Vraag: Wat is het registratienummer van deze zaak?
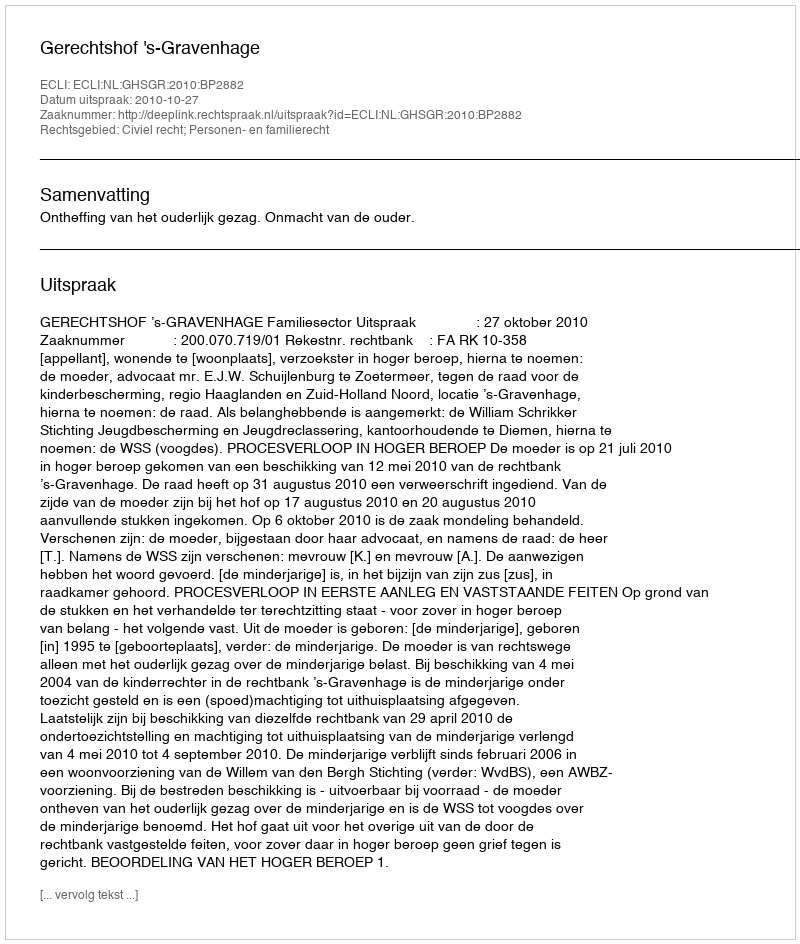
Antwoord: http://deeplink.rechtspraak.nl/uitspraak?id=ECLI:NL:GHSGR:2010:BP2882